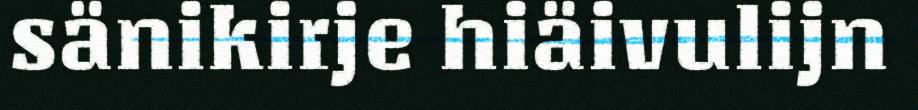
sänikirje hiäivulijn